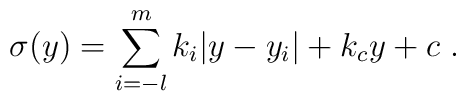
\sigma (y) = \sum_{i=-l}^m k_i |y-y_i| + k_c y + c ~.~\,